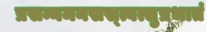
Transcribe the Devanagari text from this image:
प्रसन्नमनसस्त्वत्सुप्रभातं